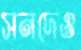
সনদেও